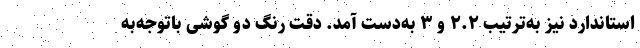
استاندارد نیز به‌ترتیب ۲.۲ و ۳ به‌دست آمد. دقت رنگ دو گوشی باتوجه‌به